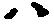
ハ